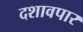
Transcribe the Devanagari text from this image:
दशावपार